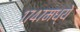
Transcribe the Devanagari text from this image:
१७४७मध्ये